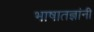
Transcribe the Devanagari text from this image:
भाषातज्ञांनी